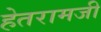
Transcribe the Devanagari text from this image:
हेतरामजी